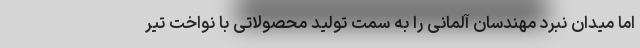
اما میدان نبرد مهندسان آلمانی را به سمت تولید محصولاتی با نواخت تیر